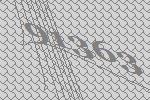
91363